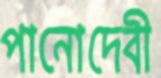
পানোদেবী